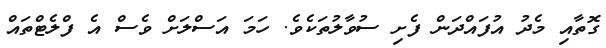
ގޮތާއި މެދު އުފައްދަން ފެށި ސުވާލުތަކެވެ. ހަމަ އަސްލަށް ވެސް އެ ފްލެޓްތައް